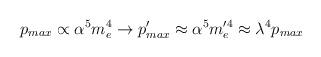
LaTeX: \begin{align*}p_{max} \propto \alpha^5 m_e^4 \rightarrow p_{max}' \approx \alpha^5 m_e'^4 \approx \lambda^4 p_{max}\end{align*}